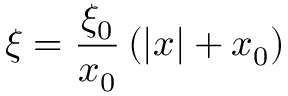
\xi = \frac { \xi _ { 0 } } { x _ { 0 } } \left( | x | + x _ { 0 } \right)